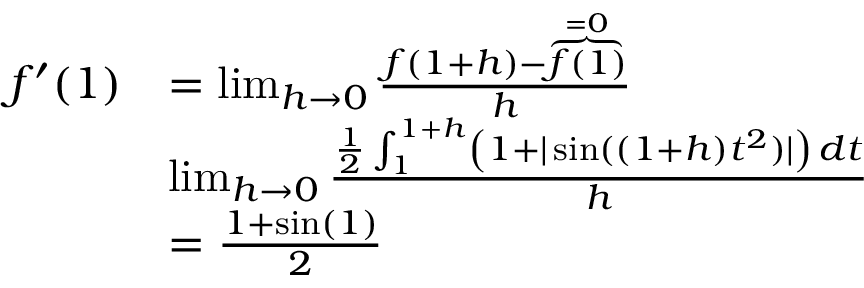
\begin{array} { r l } { f ^ { \prime } ( 1 ) } & { = \operatorname* { l i m } _ { h \to 0 } \frac { f ( 1 + h ) - \overbrace { f ( 1 ) } ^ { = 0 } } { h } } \\ & { \operatorname* { l i m } _ { h \to 0 } \frac { \frac 1 2 \int _ { 1 } ^ { 1 + h } \left( 1 + | \sin ( ( 1 + h ) t ^ { 2 } ) | \right) \, d t } { h } } \\ & { = \frac { 1 + \sin ( 1 ) } { 2 } } \end{array}